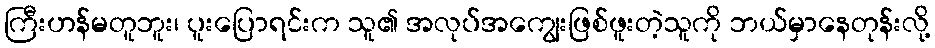
ကြီးဟန်မတူဘူး၊ ပူးပြောရင်းက သူ၏ အလုပ်အကျွေးဖြစ်ဖူးတဲ့သူကို ဘယ်မှာနေတုန်းလို့